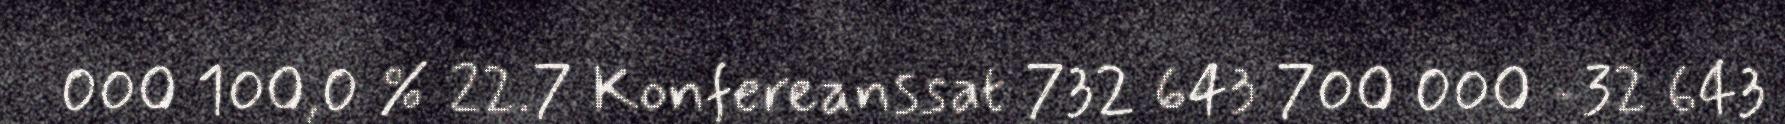
000 100,0 % 22.7 Konfereanssat 732 643 700 000 -32 643